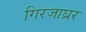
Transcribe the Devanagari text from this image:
गिरजाघ्रर